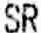
SR